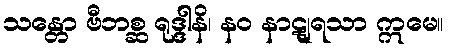
သန္တော ဗီဘစ္ဆ ရုဒ္ဒါနိ၊ နဝ နာဋျရသာ ဣမေ။